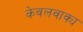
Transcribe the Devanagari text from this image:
केवलवाक्य